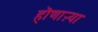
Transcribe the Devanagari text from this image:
हॊणाऱ्या